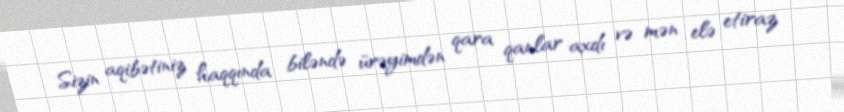
Sizin aqibətiniz haqqında biləndə ürəyimdən qara qanlar axdı və mən elə etiraz